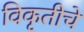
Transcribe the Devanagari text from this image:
विकृतीचे